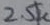
Text: 2.5K